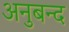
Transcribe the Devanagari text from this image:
अनुबन्द